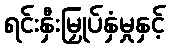
ရင်းနှီးမြှုပ်နှံမှုနှင့်